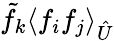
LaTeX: \tilde{f_{k}}\langle{f_{i}}{f_{j}}\rangle_{\hat{U}}